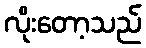
လိုးတော့သည်